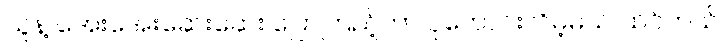
သူနဲ့ အေးအေးဆေးဆေး ပြောကြည့်တာ ပိုကောင်းလိမ့်မယ် ထင်တယ်